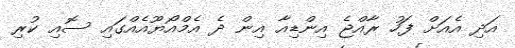
އަދި އެއަށް ފަހު ރާއްޖެ އިންޑިއާ އިން ދެ އެމްއޯޔޫއެއްގައި ސޮއި ކުރި